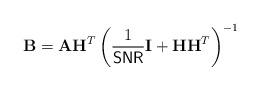
LaTeX: \begin{align*}\mathbf{B} = \mathbf{A} \mathbf{H}^T \left( \frac{1}{{\sf SNR}} \mathbf{I} + \mathbf{H} \mathbf{H}^T \right)^{-1}\end{align*}